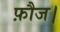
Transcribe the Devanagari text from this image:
फ़ौज।